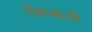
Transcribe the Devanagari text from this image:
जिम्बानी